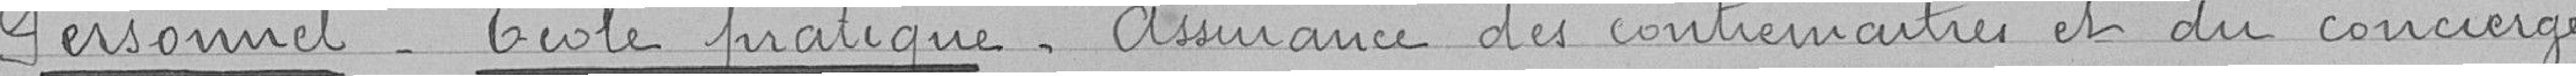
Personnel - Ecole pratique - Assurance des contremaîtres et du concierge